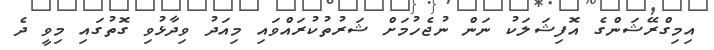
އިމިގްރޭޝަންގެ އޮފިޝަލަކު ނަން ނުޖެހުމަށް ޝަރުތުކުރައްވައި މިއަދު ވިދާޅުވި ގޮތުގައި މިވީ ދެ